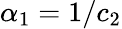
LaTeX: {\alpha_{1}=1/c_{2}}